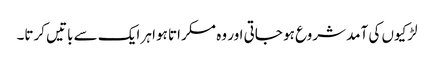
لڑکیوں کی آمد شروع ہو جاتی اور وہ مسکراتا ہوا ہر ایک سے باتیں کرتا۔